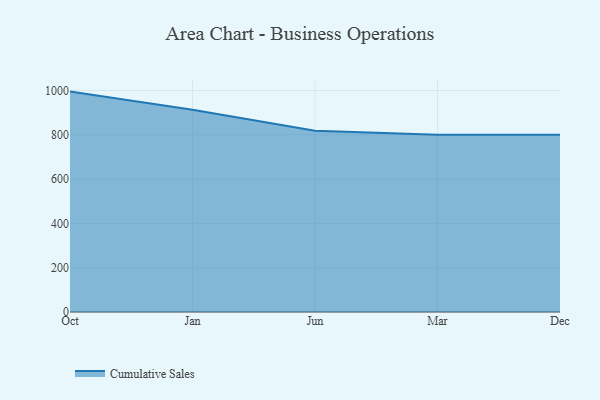
{"axis": {"x": "Month", "y": "Backlog"}, "legend": ["Cumulative Sales"], "data": [{"x": "Oct", "y": 995.1, "type": "Cumulative Sales"}, {"x": "Jan", "y": 913.4, "type": "Cumulative Sales"}, {"x": "Jun", "y": 818.9, "type": "Cumulative Sales"}, {"x": "Mar", "y": 800, "type": "Cumulative Sales"}, {"x": "Dec", "y": 800, "type": "Cumulative Sales"}]}